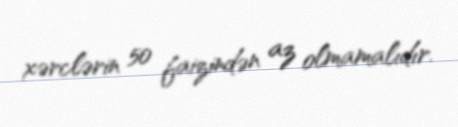
xərclərin 50 faizindən az olmamalıdır.